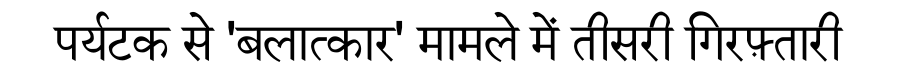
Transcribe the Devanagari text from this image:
पर्यटक से 'बलात्कार' मामले में तीसरी गिरफ़्तारी